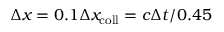
\Delta x = 0 . 1 \Delta x _ { \mathrm { c o l l } } = c \Delta t / 0 . 4 5